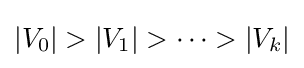
|V_{0}|>|V_{1}|>\dots >|V_{k}|